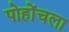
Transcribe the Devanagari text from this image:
पोहोंचला